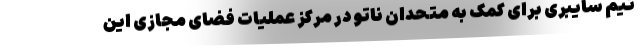
تیم سایبری برای کمک به متحدان ناتو در مرکز عملیات فضای مجازی این